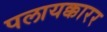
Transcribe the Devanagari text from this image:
पलायक्कारर